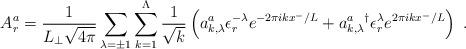
LaTeX: \begin{align*}A_r^a = \frac{1}{L_{\perp} \sqrt{4 \pi}}\sum_{\lambda=\pm 1} \sum_{k=1}^\Lambda \frac{1}{\sqrt{k}}\left(a_{k,\lambda}^a \epsilon_r^{-\lambda} e^{-2 \pi i k x^-/L} +{a_{k,\lambda}^a}^{\dag} \epsilon_r^{\lambda} e^{2 \pi i k x^-/L}\right) \; .\end{align*}